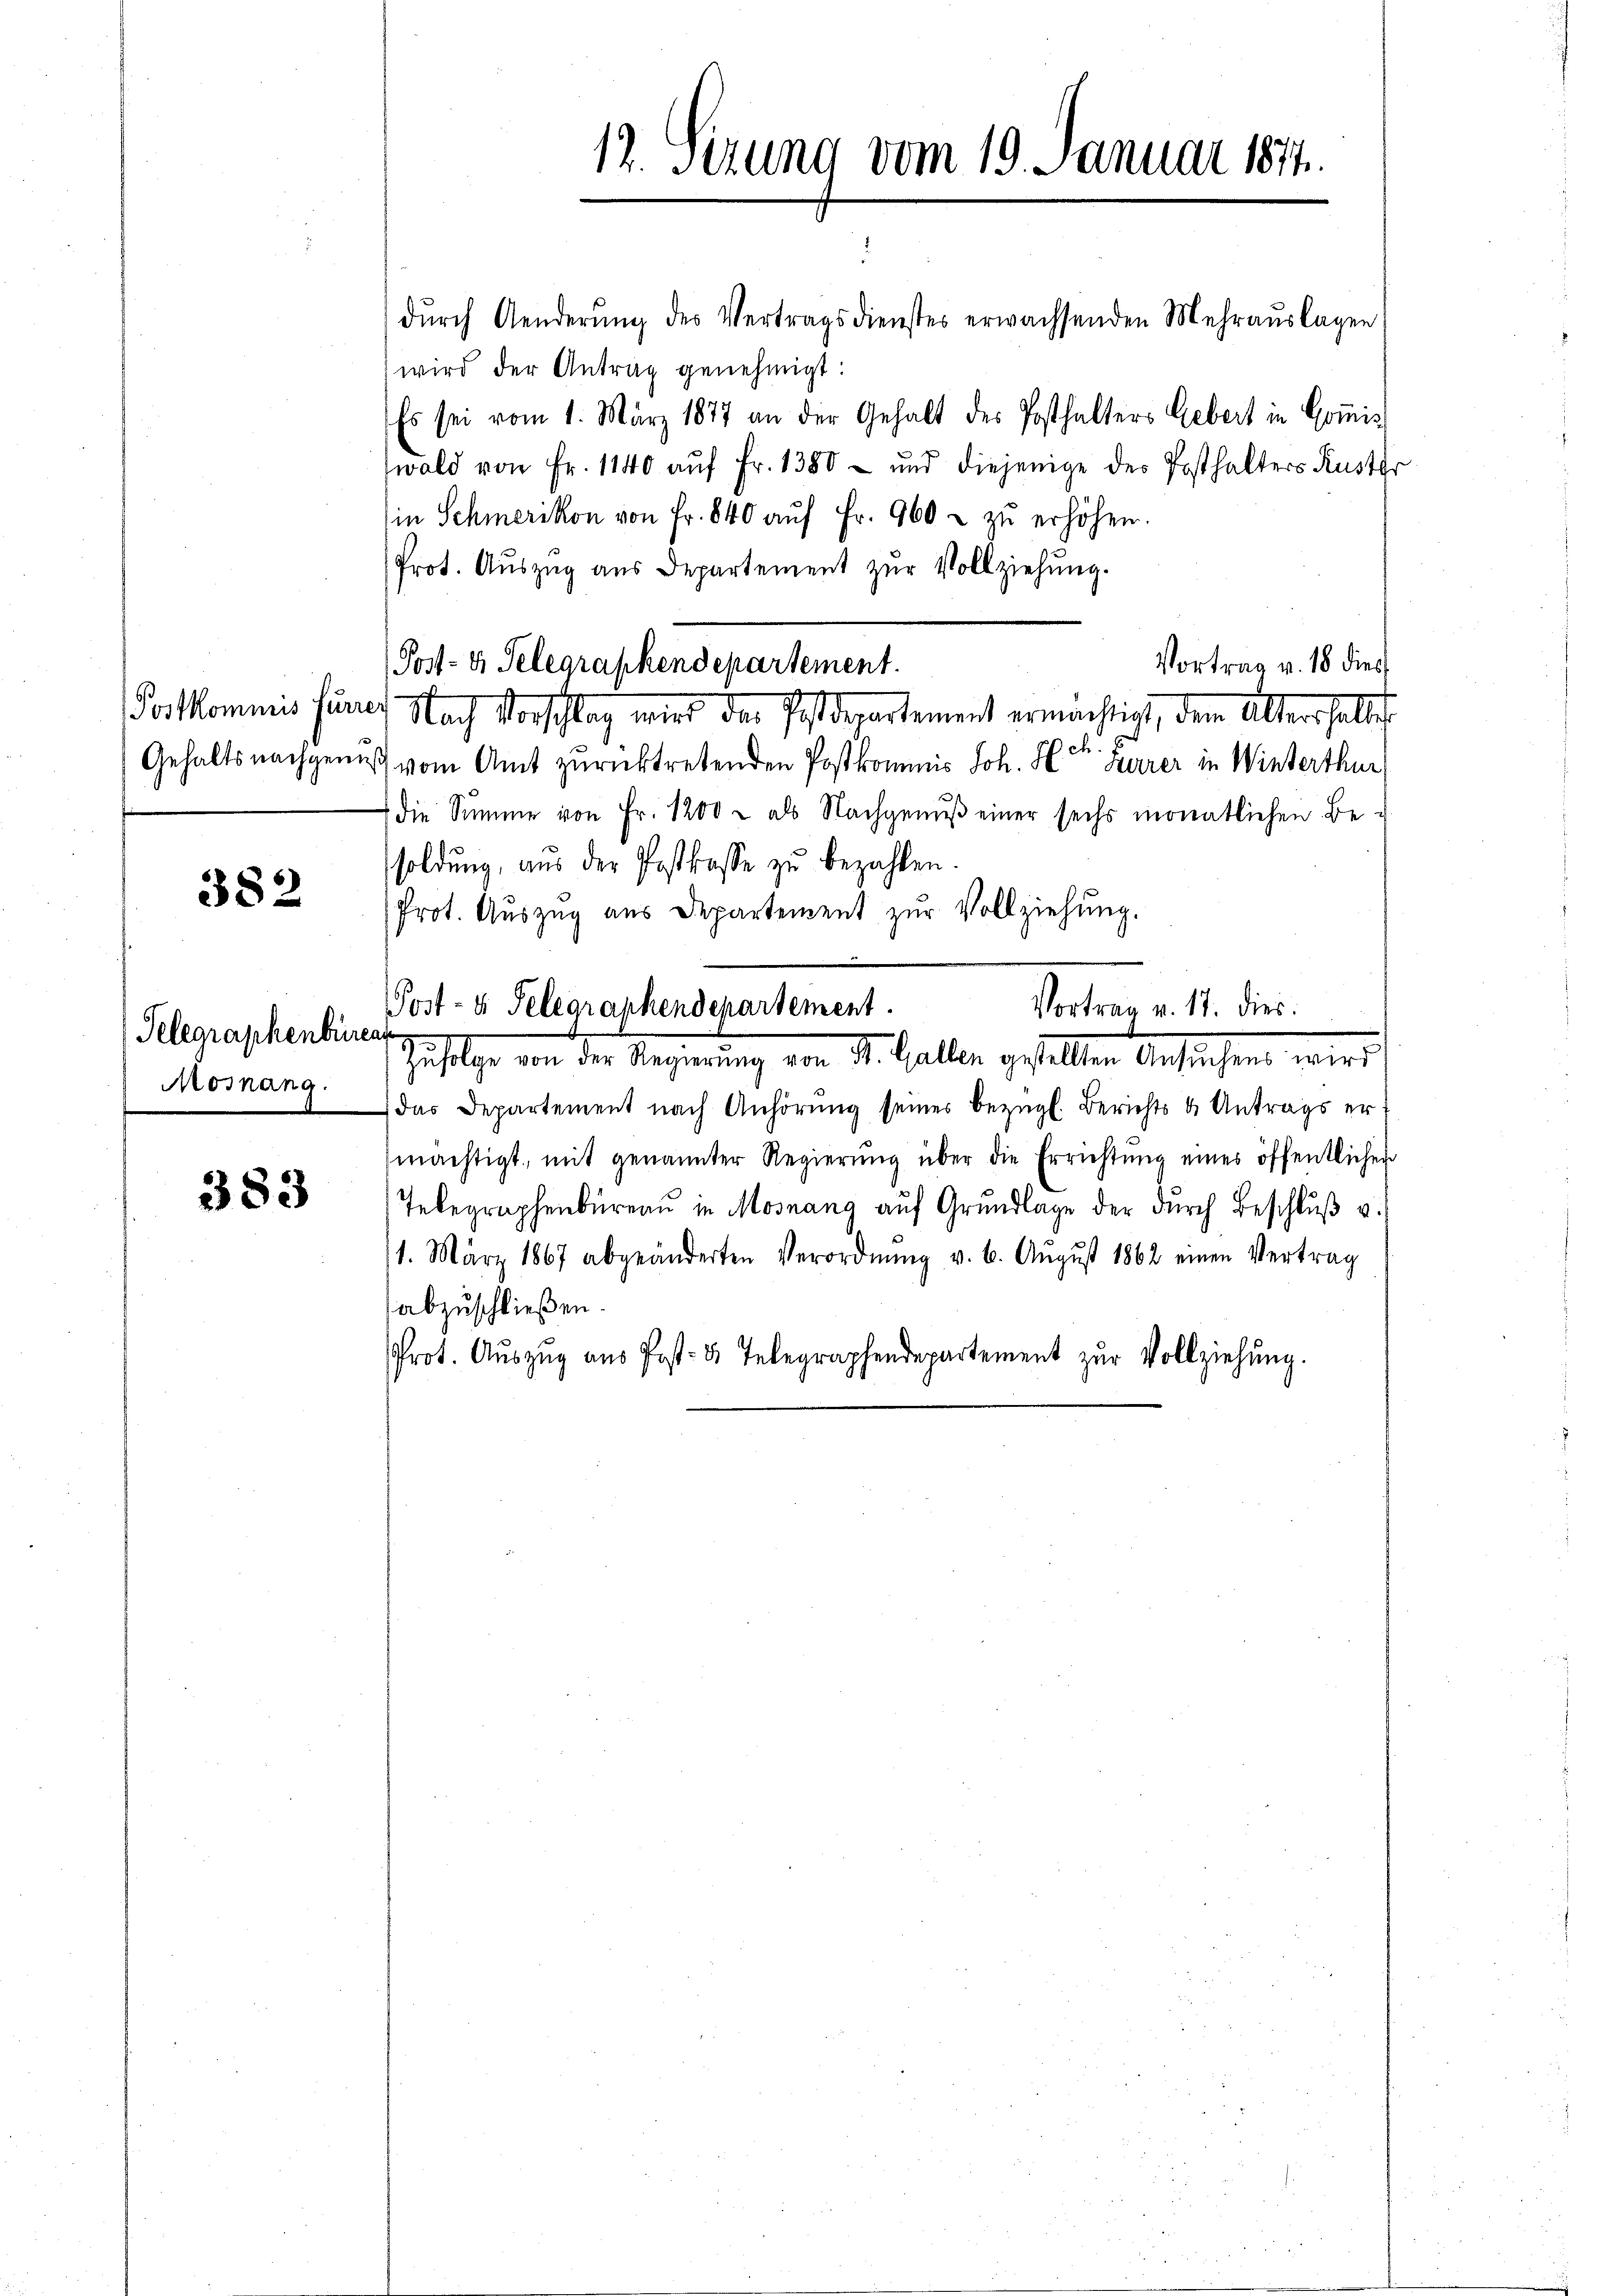
382

Telegraphenbüreat
Mosnang.

383

dŭrch Aenderŭng des Vertragsdienstes erwachsenden Mehraŭslagen
wird der Antrag genehmigt:
Es sei vom 1. März 1877 an der Gehalt des Posthalters Gebert in Goṁis
wald von Fr. 1140 auf Fr. 1380 - und diejenige des Posthalters Kuster
in Schmerikon von Fr. 840 aŭf Fr. 960 u zŭ erhöhen.
Prot. Auszug aus Departement zur Vollziehung.
Porkommis furch Nach Vorschlag wird der Postdepartement ermächtigt, dem Altershellig
Gehaltsnachgenuß vom Amt zurücktretenden Postkommis Joh. Hr. Zurer in Winterthur
7 die Summe von Fr. 1200 - als Nachgenŭβ einer sechs monatlichen Be-
soldŭng, aus der Postkasse zŭ bezahlen.
Prot. Auszug aus Departement zur Vollziehung.
Post- u. Telegrankendepartement.
Vortrag v. 11. dies
Zufolge von der Regierung von St. Galler gesellen Anstehen wird
das Departement nach Anhörŭng seiner bezügl. Berichts & Antrags er-
mächtigt, mit genannter Regierŭng über die Errichtŭng eines öffentlichen
Telegraphenbüreaŭ in Mosnang aŭf Grŭndlage der dŭrch Beschlŭβ u.
11. März 1867 abgeänderten Verordnŭng v. 6. Aŭgŭst 1862 einen Vertrag
abzuschließen.
Prot. Aŭszŭg aŭs Post- u. Telegraphendepartement zŭr Vollziehung.

12. Sizung vom 19. Januar 1874.

Post- & Selegraphendepartement.

Vortrag v. 18 dies